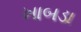
ખાબડા